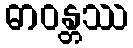
ဓာဝန္တဿ